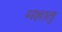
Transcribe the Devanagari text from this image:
महातु